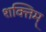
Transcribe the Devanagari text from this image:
शक्तिम्‌